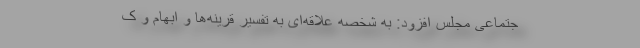
جتماعی مجلس افزود: به شخصه علاقه‌ای به تفسیر قرینه‌ها و ابهام و ک